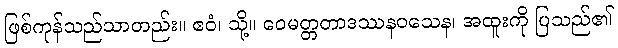
ဖြစ်ကုန်သည်သာတည်း။ ဧဝံ၊ သို့။ ဝေမတ္တတာဒဿနဝသေန၊ အထူးကို ပြသည်၏